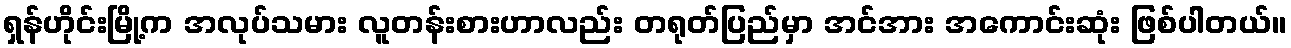
ရှန်ဟိုင်းမြို့က အလုပ်သမား လူတန်းစားဟာလည်း တရုတ်ပြည်မှာ အင်အား အကောင်းဆုံး ဖြစ်ပါတယ်။